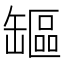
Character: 𦉒